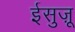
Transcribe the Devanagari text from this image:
ईसुज़ू